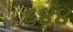
૬૪૪